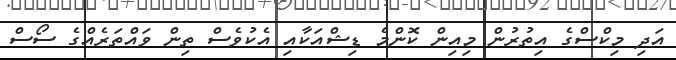
އަދި މިކްސްގެ އިތުރުން މިއިން ކޮންމެ ޑިޝްއަކާއި އެކުވެސް ތިން ވައްތަރެއްގެ ސޯސް